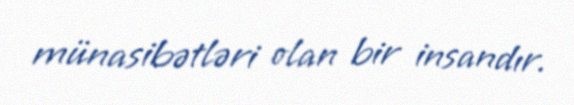
münasibətləri olan bir insandır.